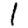
Digit: 1